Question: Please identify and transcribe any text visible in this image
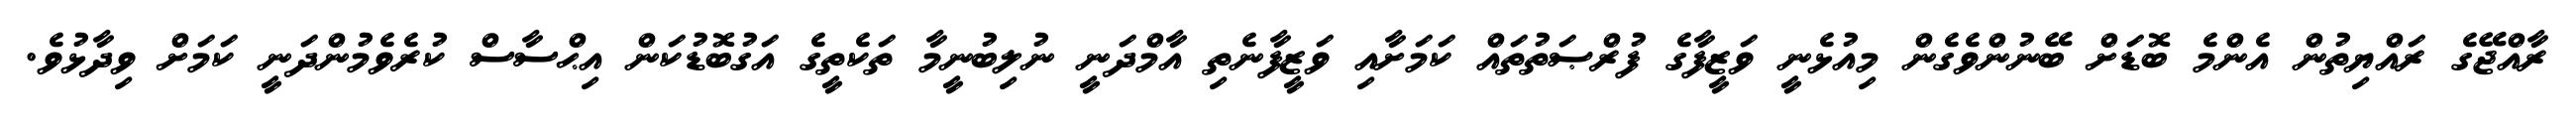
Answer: ރާއްޖޭގެ ރައްޔިތުން އެންމެ ބޮޑަށް ބޭނުންވެގެން މިއުޅެނީ ވަޒީފާގެ ފުރްޞަތުތައް ކަމަށާއި ވަޒީފާނެތި އާމްދަނީ ނުލިބުނީމާ ތަކެތީގެ އަގުބޮޑުކަން އިޙްސާސް ކުރެވެމުންދަނީ ކަމަށް ވިދާޅުވެ.